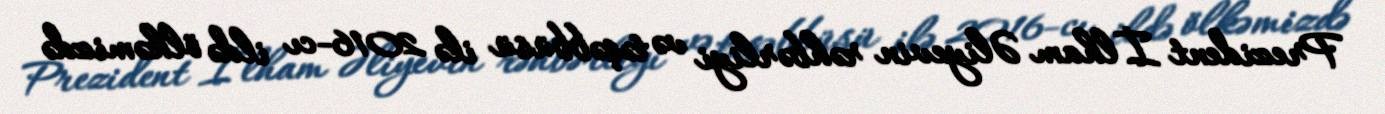
Prezident İlham Əliyevin rəhbərliyi və təşəbbüsü ilə 2016-cı ildə ölkəmizdə